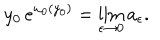
LaTeX: y _ { 0 } \, e ^ { \omega _ { 0 } ( y _ { 0 } ) } = \lim _ { \epsilon \to 0 } a _ { \epsilon } .